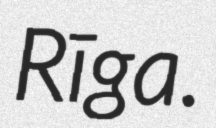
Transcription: Rīga.